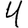
Digit: 4